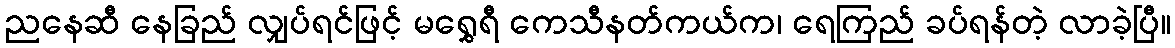
ညနေဆီ နေခြည် လျှပ်ရင်ဖြင့် မရွှေရီ ကေသီနတ်ကယ်က၊ ရေကြည် ခပ်ရန်တဲ့ လာခဲ့ပြီ။